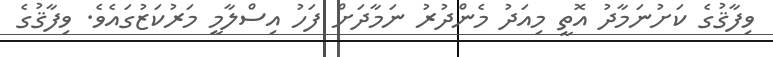
ވިފާޤުގެ ކަށުނަމާދު އޮތީ މިއަދު މެންދުރު ނަމާދަށް ފަހު އިސްލާމީ މަރުކަޒުގައެވެ. ވިފާޤުގެ